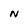
Character: N